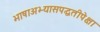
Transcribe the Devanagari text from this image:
भाषाअभ्यासपद्धतीपेक्षा